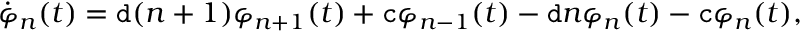
\begin{array} { r } { \dot { \varphi } _ { n } ( t ) = \mathtt { d } ( n + 1 ) \varphi _ { n + 1 } ( t ) + \mathtt { c } \varphi _ { n - 1 } ( t ) - \mathtt { d } n \varphi _ { n } ( t ) - \mathtt { c } \varphi _ { n } ( t ) , } \end{array}